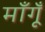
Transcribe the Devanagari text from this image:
माँगूँ